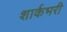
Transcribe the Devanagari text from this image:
शार्कभरी